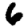
Digit: 6